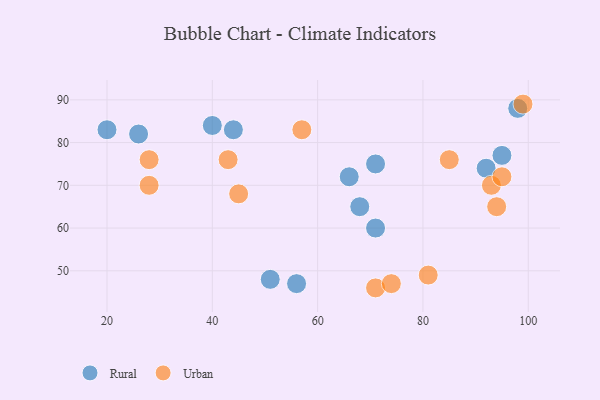
{"axis": {"x": "GDP", "y": "Life Expectancy"}, "legend": ["Rural", "Urban"], "data": [{"x": "26", "y": 82, "type": "Rural"}, {"x": "44", "y": 83, "type": "Rural"}, {"x": "95", "y": 77, "type": "Rural"}, {"x": "40", "y": 84, "type": "Rural"}, {"x": "51", "y": 48, "type": "Rural"}, {"x": "98", "y": 88, "type": "Rural"}, {"x": "71", "y": 60, "type": "Rural"}, {"x": "20", "y": 83, "type": "Rural"}, {"x": "56", "y": 47, "type": "Rural"}, {"x": "68", "y": 65, "type": "Rural"}, {"x": "71", "y": 75, "type": "Rural"}, {"x": "92", "y": 74, "type": "Rural"}, {"x": "66", "y": 72, "type": "Rural"}, {"x": "71", "y": 46, "type": "Urban"}, {"x": "99", "y": 89, "type": "Urban"}, {"x": "85", "y": 76, "type": "Urban"}, {"x": "74", "y": 47, "type": "Urban"}, {"x": "43", "y": 76, "type": "Urban"}, {"x": "28", "y": 76, "type": "Urban"}, {"x": "28", "y": 70, "type": "Urban"}, {"x": "81", "y": 49, "type": "Urban"}, {"x": "45", "y": 68, "type": "Urban"}, {"x": "57", "y": 83, "type": "Urban"}, {"x": "94", "y": 65, "type": "Urban"}, {"x": "93", "y": 70, "type": "Urban"}, {"x": "95", "y": 72, "type": "Urban"}]}